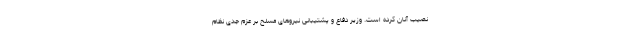
نصیب آنان کرده است. وزیر دفاع و پشتیبانی نیروهای مسلح بر عزم جدی نظام